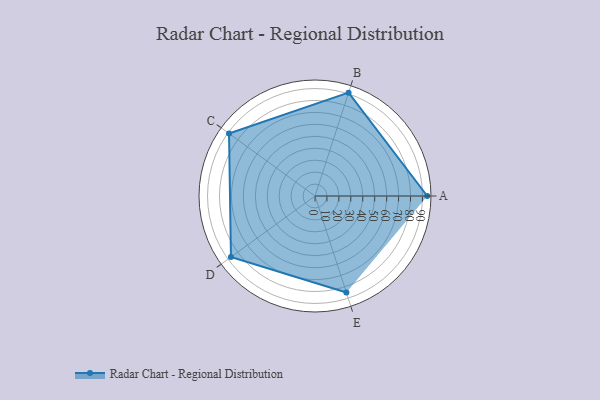
{"axis": {"x": "Skill", "y": "Score"}, "legend": ["Profile"], "data": [{"x": "A", "y": 94.0, "type": "Profile"}, {"x": "B", "y": 91.0, "type": "Profile"}, {"x": "C", "y": 89.0, "type": "Profile"}, {"x": "D", "y": 87.0, "type": "Profile"}, {"x": "E", "y": 85.0, "type": "Profile"}]}